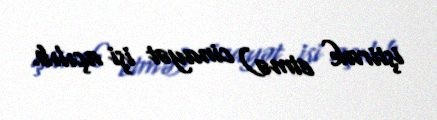
iştirak etmə) cinayət işi açılıb.